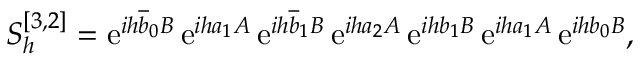
S _ { h } ^ { [ 3 , 2 ] } = \ensuremath { \mathrm { e } } ^ { i h \overline { { b } } _ { 0 } B } \, \ensuremath { \mathrm { e } } ^ { i h a _ { 1 } A } \, \ensuremath { \mathrm { e } } ^ { i h \overline { { b } } _ { 1 } B } \, \ensuremath { \mathrm { e } } ^ { i h a _ { 2 } A } \, \ensuremath { \mathrm { e } } ^ { i h b _ { 1 } B } \, \ensuremath { \mathrm { e } } ^ { i h a _ { 1 } A } \, \ensuremath { \mathrm { e } } ^ { i h b _ { 0 } B } ,